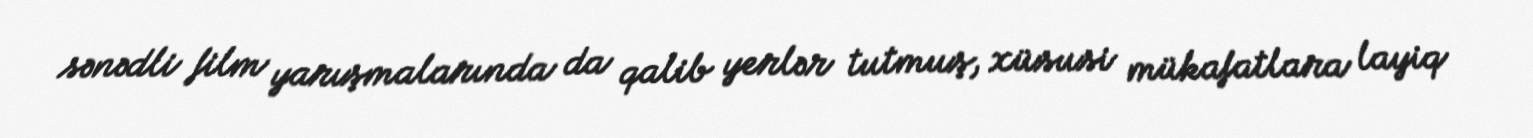
sənədli film yarışmalarında da qalib yerlər tutmuş, xüsusi mükafatlara layiq